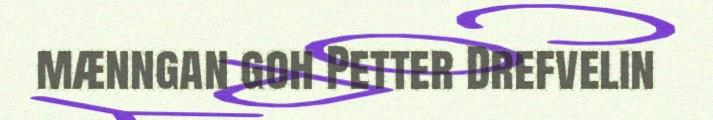
mænngan goh Petter Drefvelin